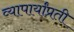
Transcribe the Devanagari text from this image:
व्यापार्यांप्रती